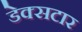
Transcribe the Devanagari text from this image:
डेक्सटार